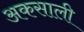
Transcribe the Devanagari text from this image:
अकसाली